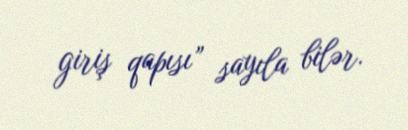
giriş qapısı” sayıla bilər.